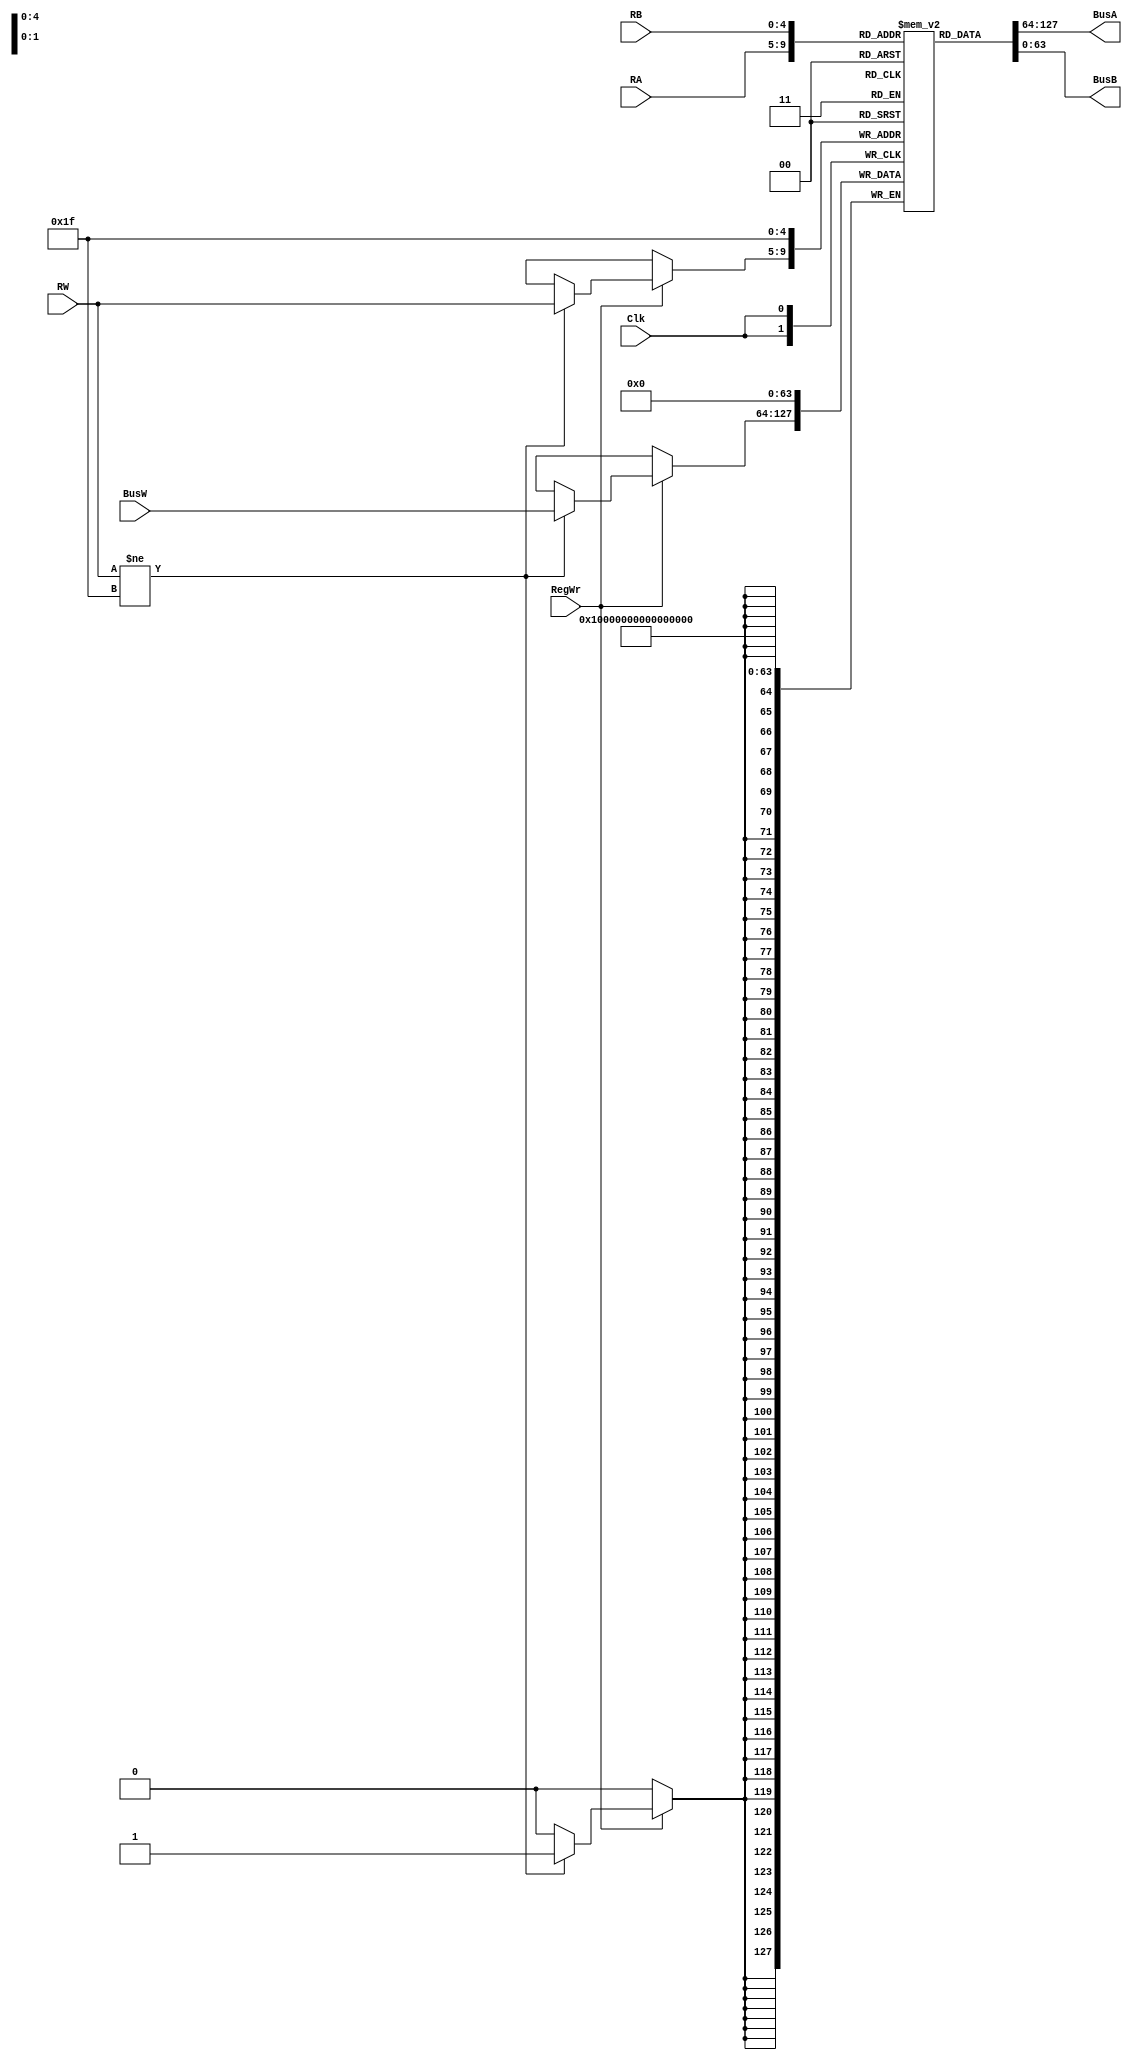

`timescale 1ns / 1ps

module MiniRegisterFile(BusA, BusB, BusW, RA, RB, RW, RegWr, Clk);
    //Outputs
    output  [63:0] BusA;
    output  [63:0] BusB;
    //Inputs
    input [63:0] BusW;
    input [4:0] RA;
    input [4:0] RB; 
    input [4:0] RW;

    input RegWr;
    input Clk;
    
    
    //each of these lines is 32 bits reg[0] and reg[1]
    reg [63:0] registers [31:0];

       //registers[31:0]=32'b0000_0000_0000_0000_0000_0000_0000_0000 ;  
    //registers [31:0] = 0 ;
    //reg memory_wdith memory_identifier memory_depth 
                assign #2 BusA = registers[RA];
                assign #2 BusB = registers[RB];
            

        integer i ;
initial begin
        for ( i = 0 ; i <32 ; i ++ )begin
            registers[i] <= 0 ;

        end


end
      //assign #2 BusA = registers[RA];
      //assign #2 BusB = registers[RB];
                
    always @ (negedge Clk) begin

            registers[31]<= #3  0 ;

        if(RegWr)

                begin
            if (RW != 31)
                begin
            registers[RW]<= #3 BusW ;
                end
        
                 end
                        end
endmodule